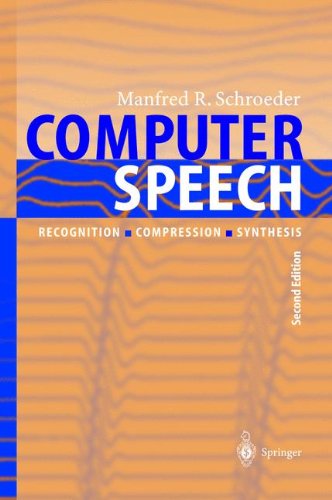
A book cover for Computer Speech: Recognition, Compression, Synthesis (Springer Series in Information Sciences) (v. 35); Manfred R. Schroeder; Computers & Technology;